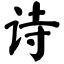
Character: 诗